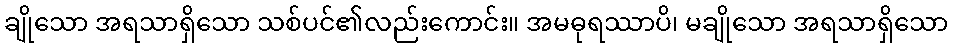
ချိုသော အရသာရှိသော သစ်ပင်၏လည်းကောင်း။ အမဓုရဿာပိ၊ မချိုသော အရသာရှိသော